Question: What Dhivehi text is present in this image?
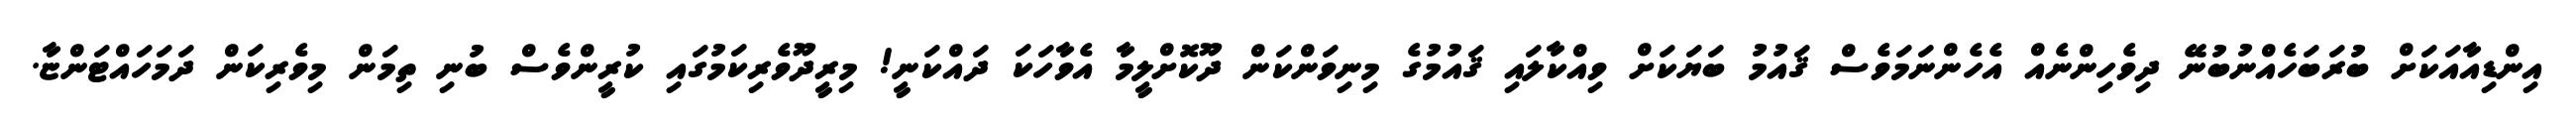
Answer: އިންޑިއާއަކަށް ބުރަބަހެއްނުބުނޭ ދިވެހިންނެއް އެހެންނަމަވެސް ޤައުމު ބަޔަކަށް ވިއްކާލައި ޤައުމުގެ މިނިވަންކަން ދޫކޮށްލީމާ އެވާހަކަ ދައްކަނީ! މިރީދޫވެރިކަމުގައި ކުރީންވެސް ބުނި ތިމަން މިވެރިކަން ދަމަހައްޓަންޏާ.